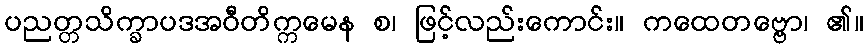
ပညတ္တသိက္ခာပဒအဝီတိက္ကမေန စ၊ ဖြင့်လည်းကောင်း။ ကထေတဗ္ဗော၊ ၏။